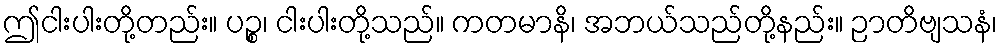
ဤငါးပါးတို့တည်း။ ပဉ္စ၊ ငါးပါးတို့သည်။ ကတမာနိ၊ အဘယ်သည်တို့နည်း။ ဉာတိဗျသနံ၊